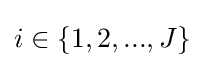
i\in \{1,2,...,J\}